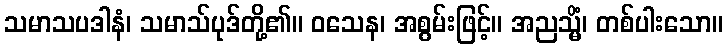
သမာသပဒါနံ၊ သမာသ်ပုဒ်တို့၏။ ဝသေန၊ အစွမ်းဖြင့်။ အညသ္မိံ၊ တစ်ပါးသော။